Vaccination in Bombay 1869-1873 - 1869-1873
Year: 1869
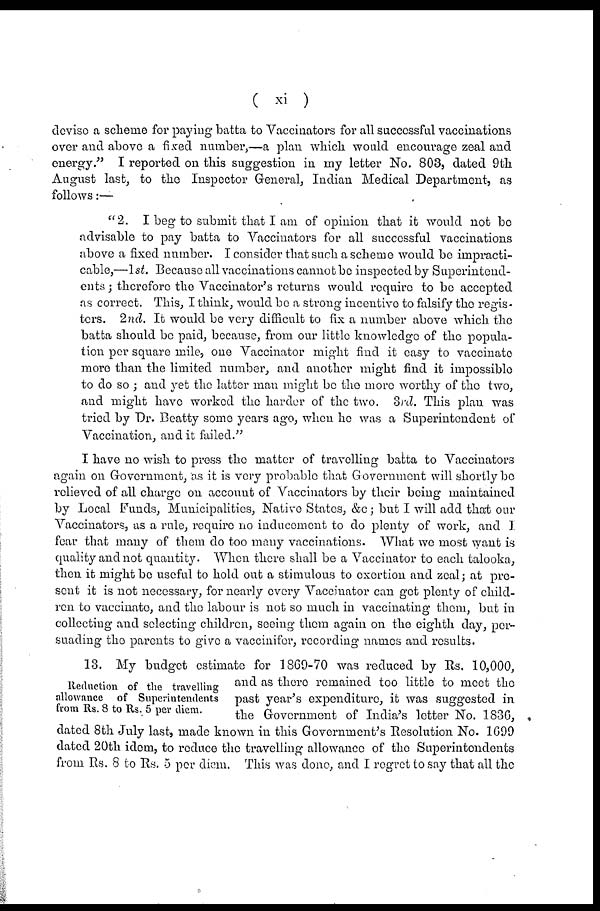
( xi )
devise a scheme for paying batta to Vaccinators for all successful vaccinations
over and above a fixed number,—a plan which, would encourage zeal and
energy." I reported on this suggestion in my letter No. 803, dated 9th
August last, to the Inspector General, Indian Medical Department, as
follows :—
" 2. I beg to submit that I am of opinion that it would not be
advisable to pay batta to Vaccinators for all successful vaccinations
above a fixed number. I consider that such a scheme would be impracti-
cable,—1st. Because all vaccinations cannot be inspected by Superintend-
ents ; therefore the Vaccinator's returns would require to be accepted
as correct. This, I think, would be a strong incentive to falsify the regis-
ters. 2nd. It would be very difficult to fix a number above which the
batta should be paid, because, from our little knowledge of the popula-
tion per square mile, one Vaccinator might find it easy to vaccinate
more than the limited number, and another might find it impossible
to do so ; and yet the latter man might be the more worthy of the two,
and might have worked the harder of the two. 3rd. This plan was
tried by Dr. Beatty some years ago, when he was a Superintendent of
Vaccination, and it failed."
I have no wish to press the matter of travelling batta to Vaccinators
again on Government, as it is very probable that Government will shortly be
relieved of all charge on account of Vaccinators by their being maintained
by Local Funds, Municipalities, Native States, &c; but I will add that our
Vaccinators, as a rule, require no inducement to do plenty of work, and I
fear that many of them do too many vaccinations. What we most want is
quality and not quantity. When there shall be a Vaccinator to each talooka,
then it might be useful to hold out a stimulous to exertion and zeal; at pre-
sent it is not necessary, for nearly every Vaccinator can get plenty of child-
ren to vaccinate, and the labour is not so much in vaccinating them, but in
collecting and selecting children, seeing them again on the eighth day, per-
suading the parents to give a vaccinifer, recording names and results.
Reduction of the travelling
allowance of Superintendents
from Rs. 8 to Rs. 5 per diem.
13. My budget estimate for 1869-70 was reduced by Rs. 10,000,
and as there remained too little to meet the
past year's expenditure, it was suggested in
the Government of India's letter No. 1836,
dated 8th July last, made known in this Government's Resolution No. 1699
dated 20th idem, to reduce the travelling allowance of the Superintendents
from Rs. 8 to Rs. 5 per diem. This was done, and I regret to say that all the